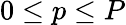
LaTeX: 0\leq p\leq P